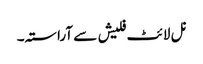
نل لائٹ فلیش سے آراستہ۔